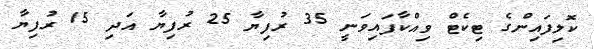
ކޮލިފައިންގެ ޓިކެޓް ވިއްކާފައިވަނީ 35 ރުފިޔާ 25 ރުފިޔާ އަދި 15 ރުފިޔާ